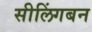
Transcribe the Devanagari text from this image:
सीलिंगबन